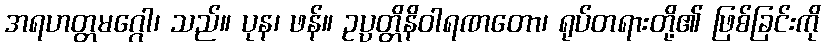
အရဟတ္တမဂ္ဂေါ၊ သည်။ ပုန၊ ဖန်။ ဥပ္ပတ္တိနိဝါရဏတော၊ ရုပ်တရားတို့၏ ဖြစ်ခြင်းကို